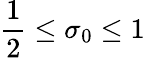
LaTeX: {\frac{1}{2}}\leq\sigma_{0}\leq 1